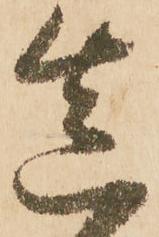
造